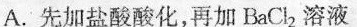
A.先加盐酸酸化，再加BaCl_{2}溶液